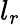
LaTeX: l_{r}